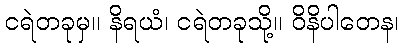
ငရဲတခုမှ။ နိရယံ၊ ငရဲတခုသို့။ ဝိနိပါတေန၊